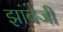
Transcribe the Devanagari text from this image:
झांबेजी